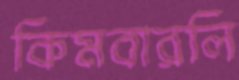
কিমবারলি